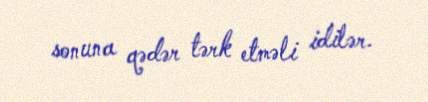
sonuna qədər tərk etməli idilər.